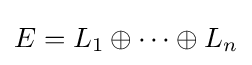
E=L_{1}\oplus \cdots \oplus L_{n}